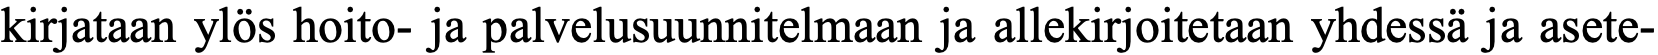
kirjataan ylös hoito- ja palvelusuunnitelmaan ja allekirjoitetaan yhdessä ja asete-